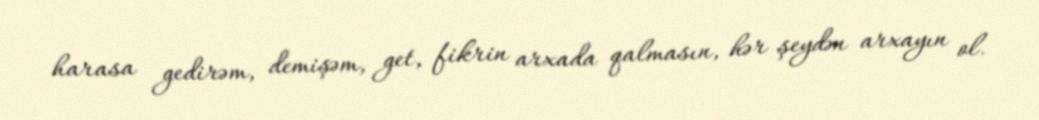
harasa gedirəm, demişəm, get, fikrin arxada qalmasın, hər şeydən arxayın ol.